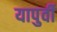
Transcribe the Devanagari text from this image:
यापुर्वी